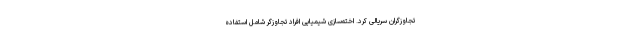
تجاوزگران سریالی کرد. اخته‌سازی شیمیایی افراد تجاوزگر شامل استفاده